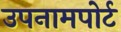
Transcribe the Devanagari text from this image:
उपनामपोर्ट